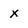
Character: x